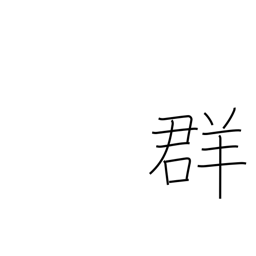
Meaning: flock